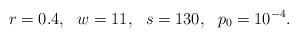
LaTeX: \begin{align*}r=0.4, ~~w=11,~~ s=130,~~ p_0=10^{-4}.\end{align*}